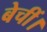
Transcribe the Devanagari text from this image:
बेचीं।